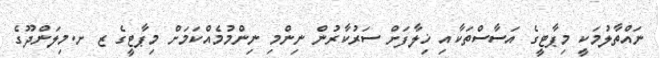
ނައްތާލުމަކީ މިޕާޓީގެ އަސާސްތަކާއި ޚިލާފަށް ސަރުކާރުން ނިންމި ނިންމުމެއްކަމަށް މިޕާޓީގެ ޒ ށ.މިލަންދޫގެ